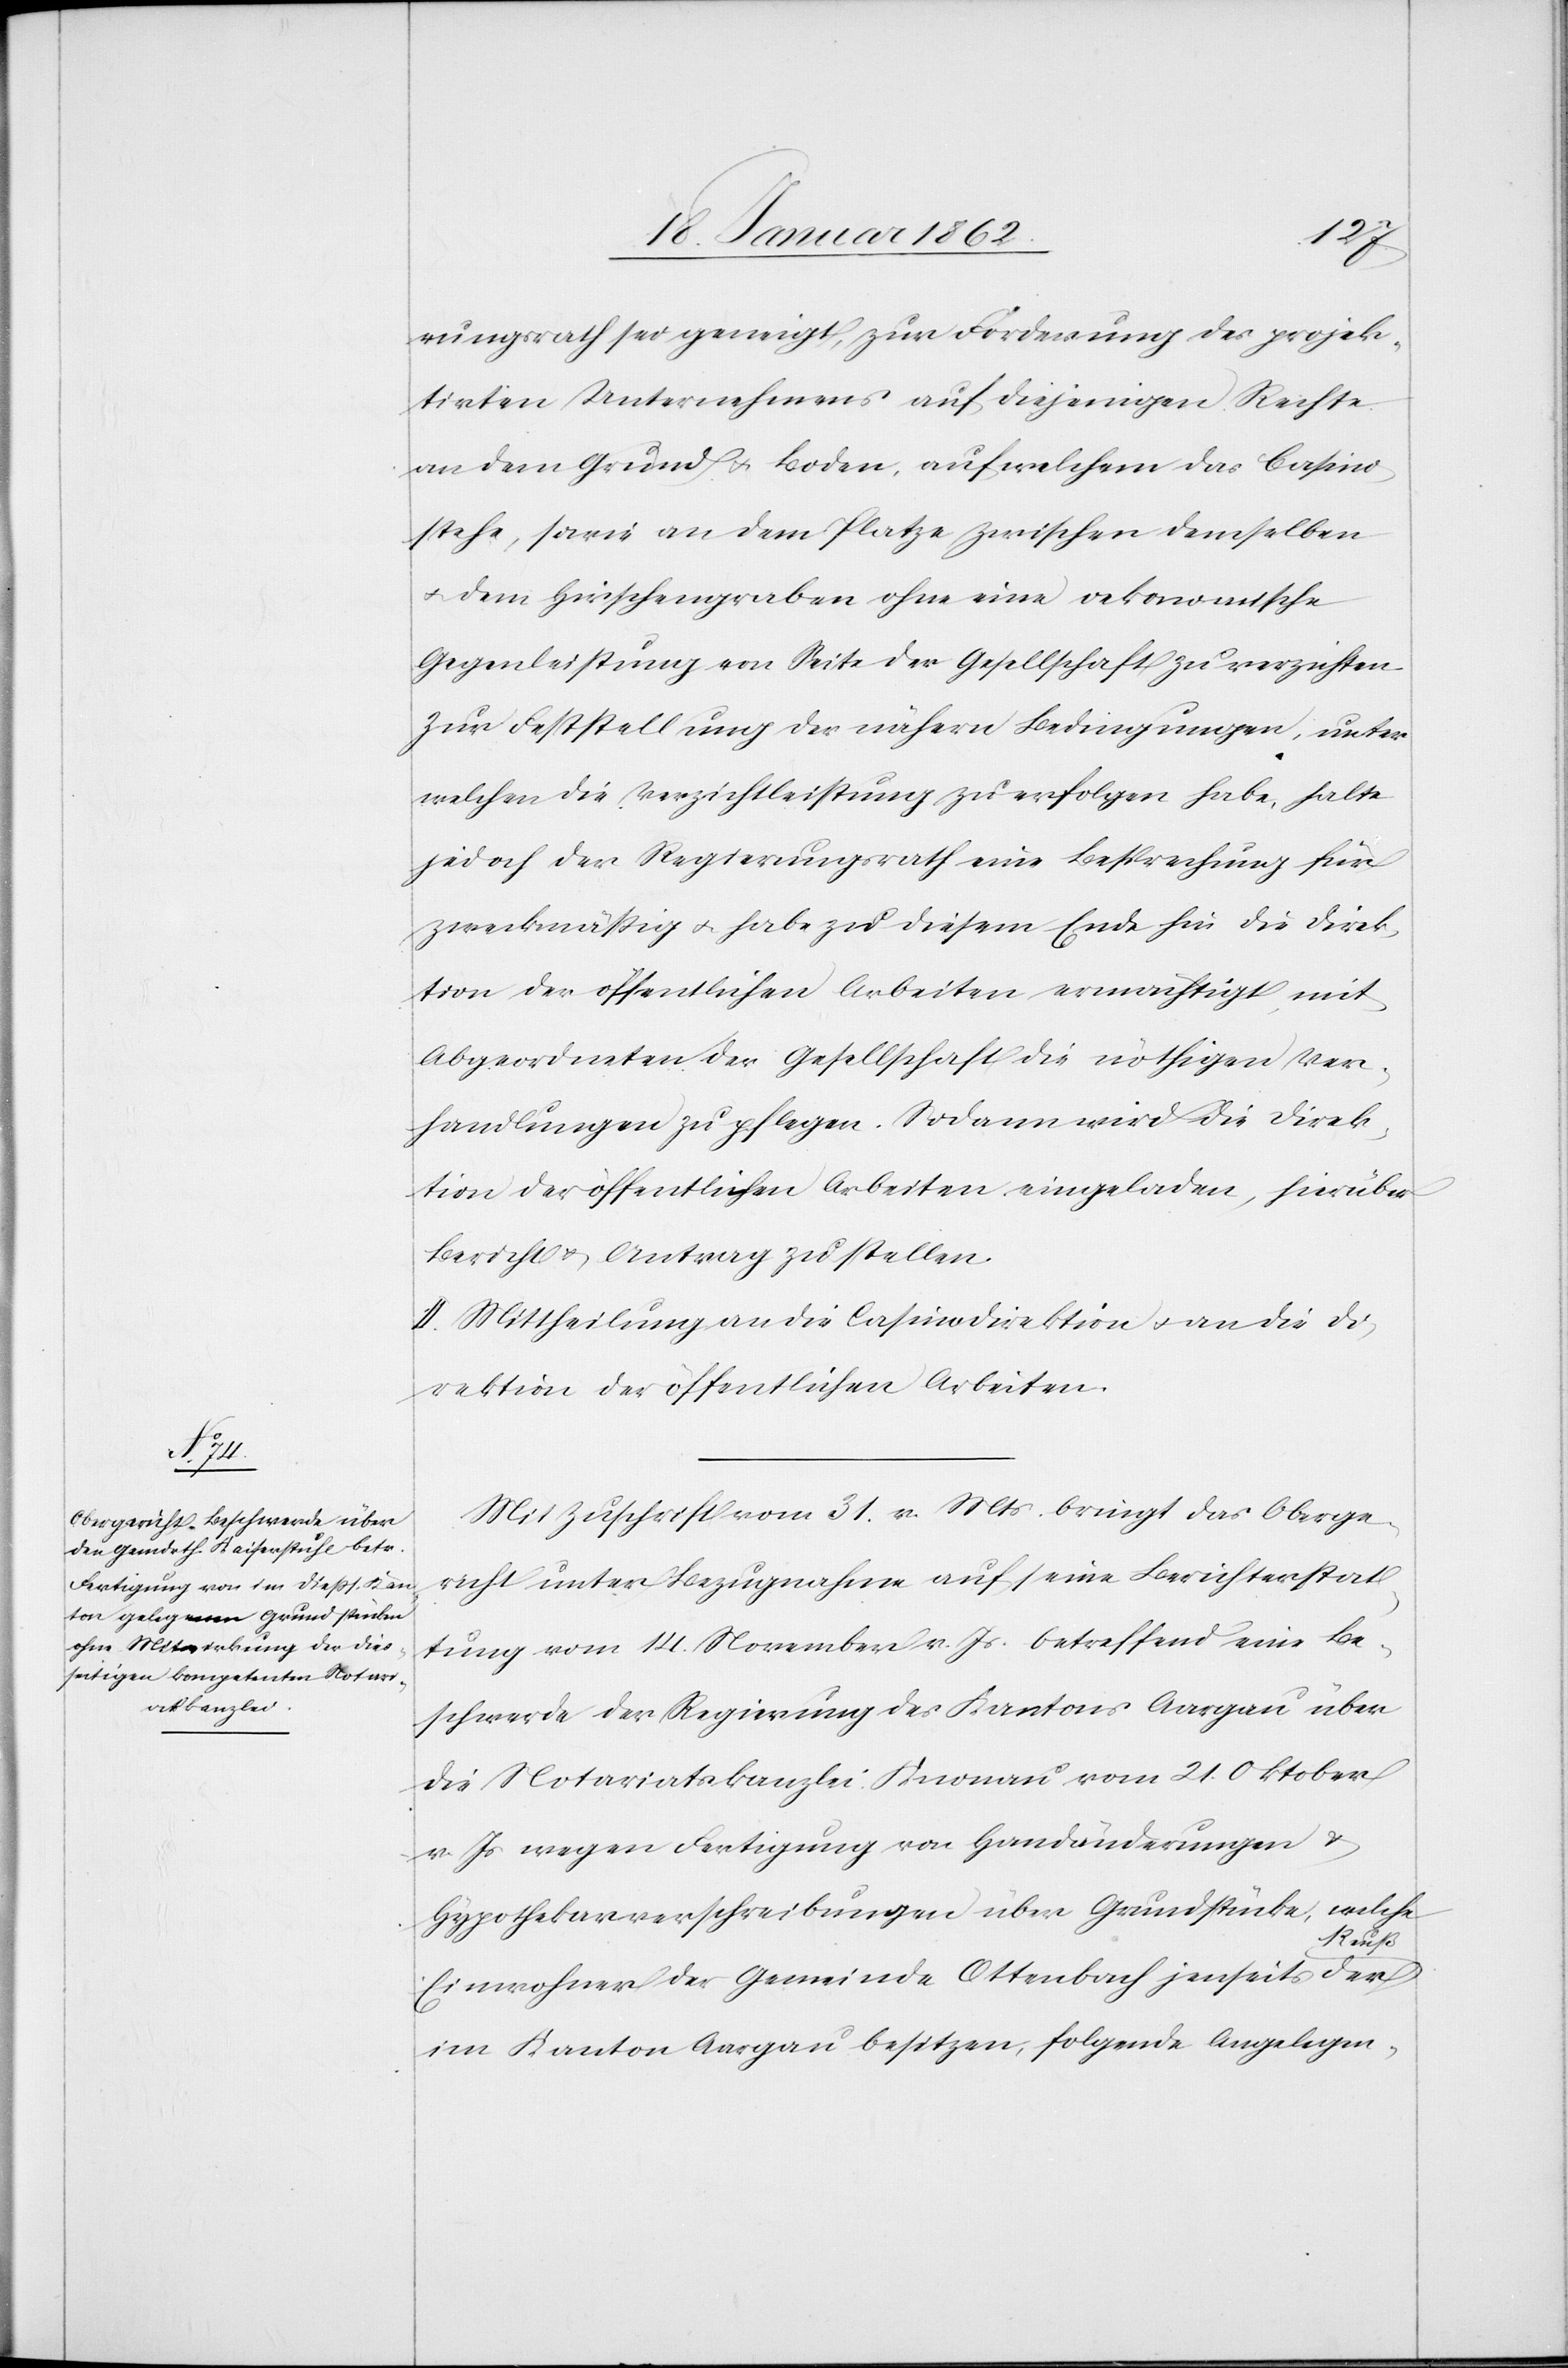
rungsrath sei geneigt, zur Förderung des projek¬
tirten Unternehmens auf diejenigen Rechte
an dem Grund u. Boden, auf welchem das Casino
stehe, sowie an dem Platze zwischen demselben
u. dem Hirschengraben ohne eine oekonomische
Gegenleistung von Seite der Gesellschaft zu verzichten.
Zur Feststellung der nähern Bedingungen, unter
welchen die Verzichtleistung zu erfolgen habe, halte
jedoch der Regierungsrath eine Besprechung für
zweckmäßig u. habe zu diesem Ende hin die Direk¬
tion der öffentlichen Arbeiten ermächtigt, mit
Abgeordneten der Gesellschaft die nöthigen Ver¬
handlungen zu pflegen. Sodann wird die Direk¬
tion der öffentlichen Arbeiten eingeladen, hierüber
Bericht u. Antrag zu stellen.
II. Mittheilung an die Casinodirektion u. an die Di¬
rektion der öffentlichen Arbeiten.
Mit Zuschrift vom 31. v. Mts. bringt das Oberge¬
richt unter Bezugnahme auf eine Berichterstat¬
tung vom 14. November v. Js. betreffend eine Be¬
schwerde der Regierung des Kantons Aargau über
die Notariatskanzlei Knonau vom 21. Oktober
v. Js. wegen Fertigung von Handänderungen u.
Hypothekarverschreibungen über Grundstücke, welche
Einwohner der Gemeinde Ottenbach jenseits der
im Kanton Aargau besitzen, folgende Angelegen-